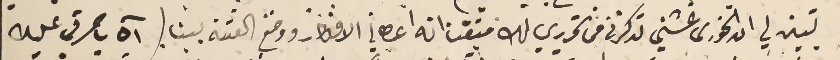
تبين لي ان الخورى غشني تذكرنى فى تحريري لك متيقن انه اعطاني الافكار ووضع الفتنة بيننا ( آه يا حرقي عليك